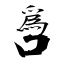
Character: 噕